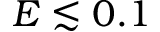
E \lesssim 0 . 1